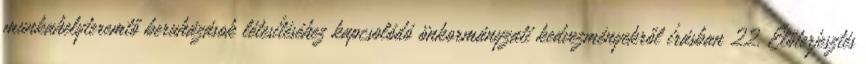
munkahelyteremtő beruházások létesítéséhez kapcsolódó önkormányzati kedvezményekről írásban 22. Előterjesztés